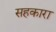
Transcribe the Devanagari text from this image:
सहकारा